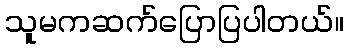
သူမကဆက်ပြောပြပါတယ်။